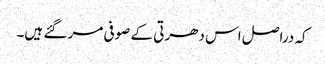
کہ دراصل اس دھرتی کے صوفی مر گئے ہیں۔